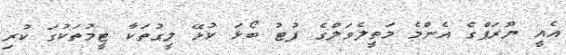
އެއީ ޔޫރަޕްގެ އެންމެ މަތީލެވަލްގެ ފުޓު ބޯޅަ ކުޅޭ ލީގުތަކާ ޓީމުތަކުގަ ކުރި